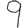
Digit: 9